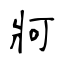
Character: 牁